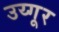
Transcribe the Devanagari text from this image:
उय्गूर